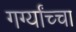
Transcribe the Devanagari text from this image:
गर्ग्यांच्चा